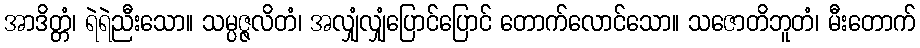
အာဒိတ္တံ၊ ရဲရဲညီးသော။ သမ္ပဇ္ဇလိတံ၊ အလျှံလျှံပြောင်ပြောင် တောက်လောင်သော။ သဇောတိဘူတံ၊ မီးတောက်